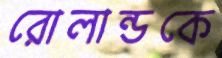
রোলান্ডকে